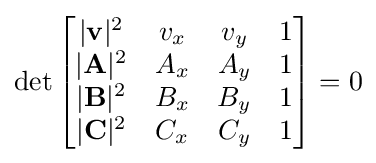
\det {\begin{bmatrix}|\mathbf {v} |^{2}&v_{x}&v_{y}&1\\|\mathbf {A} |^{2}&A_{x}&A_{y}&1\\|\mathbf {B} |^{2}&B_{x}&B_{y}&1\\|\mathbf {C} |^{2}&C_{x}&C_{y}&1\end{bmatrix}}=0